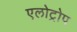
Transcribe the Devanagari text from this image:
एलोट्रोप